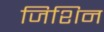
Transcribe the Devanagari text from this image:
जिशिन